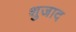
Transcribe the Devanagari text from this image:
शुजाद